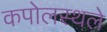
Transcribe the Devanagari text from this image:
कपोलस्थले